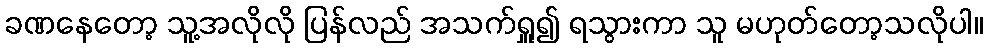
ခဏနေတော့ သူ့အလိုလို ပြန်လည် အသက်ရှူ၍ ရသွားကာ သူ မဟုတ်တော့သလိုပါ။